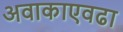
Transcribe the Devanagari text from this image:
अवाकाएवढा